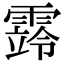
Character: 䨧